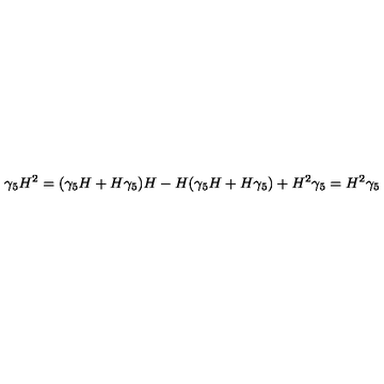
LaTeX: \gamma _ { 5 } H ^ { 2 } = ( \gamma _ { 5 } H + H \gamma _ { 5 } ) H - H ( \gamma _ { 5 } H + H \gamma _ { 5 } ) + H ^ { 2 } \gamma _ { 5 } = H ^ { 2 } \gamma _ { 5 }